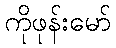
ကိုဖုန်းမော်